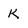
Character: K